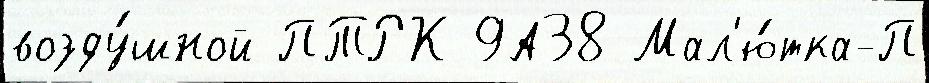
возду́шной ПТРК 9А38 Мал'ю́тка-П